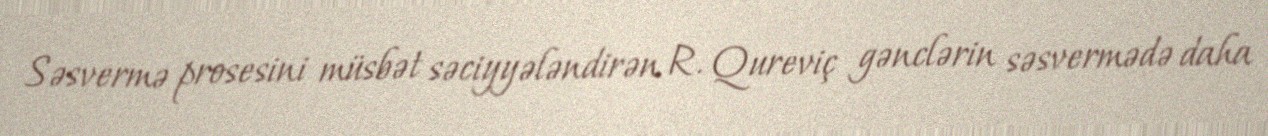
Səsvermə prosesini müsbət səciyyələndirən R. Qureviç gənclərin səsvermədə daha